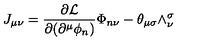
J _ { \mu \nu } = \frac { \partial { \cal L } } { \partial ( \partial ^ { \mu } \phi _ { n } ) } \Phi _ { n \nu } - \theta _ { \mu \sigma } \wedge _ { \nu } ^ { \sigma }